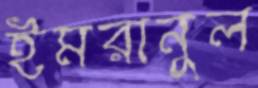
ইমরানুল